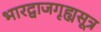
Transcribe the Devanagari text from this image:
भारद्वाजगृह्यसूत्र